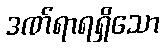
ဒဏ်ရာရရှိသော